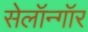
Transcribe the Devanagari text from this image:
सेलॉन्गॉर